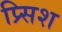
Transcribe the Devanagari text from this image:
प्र्सिश